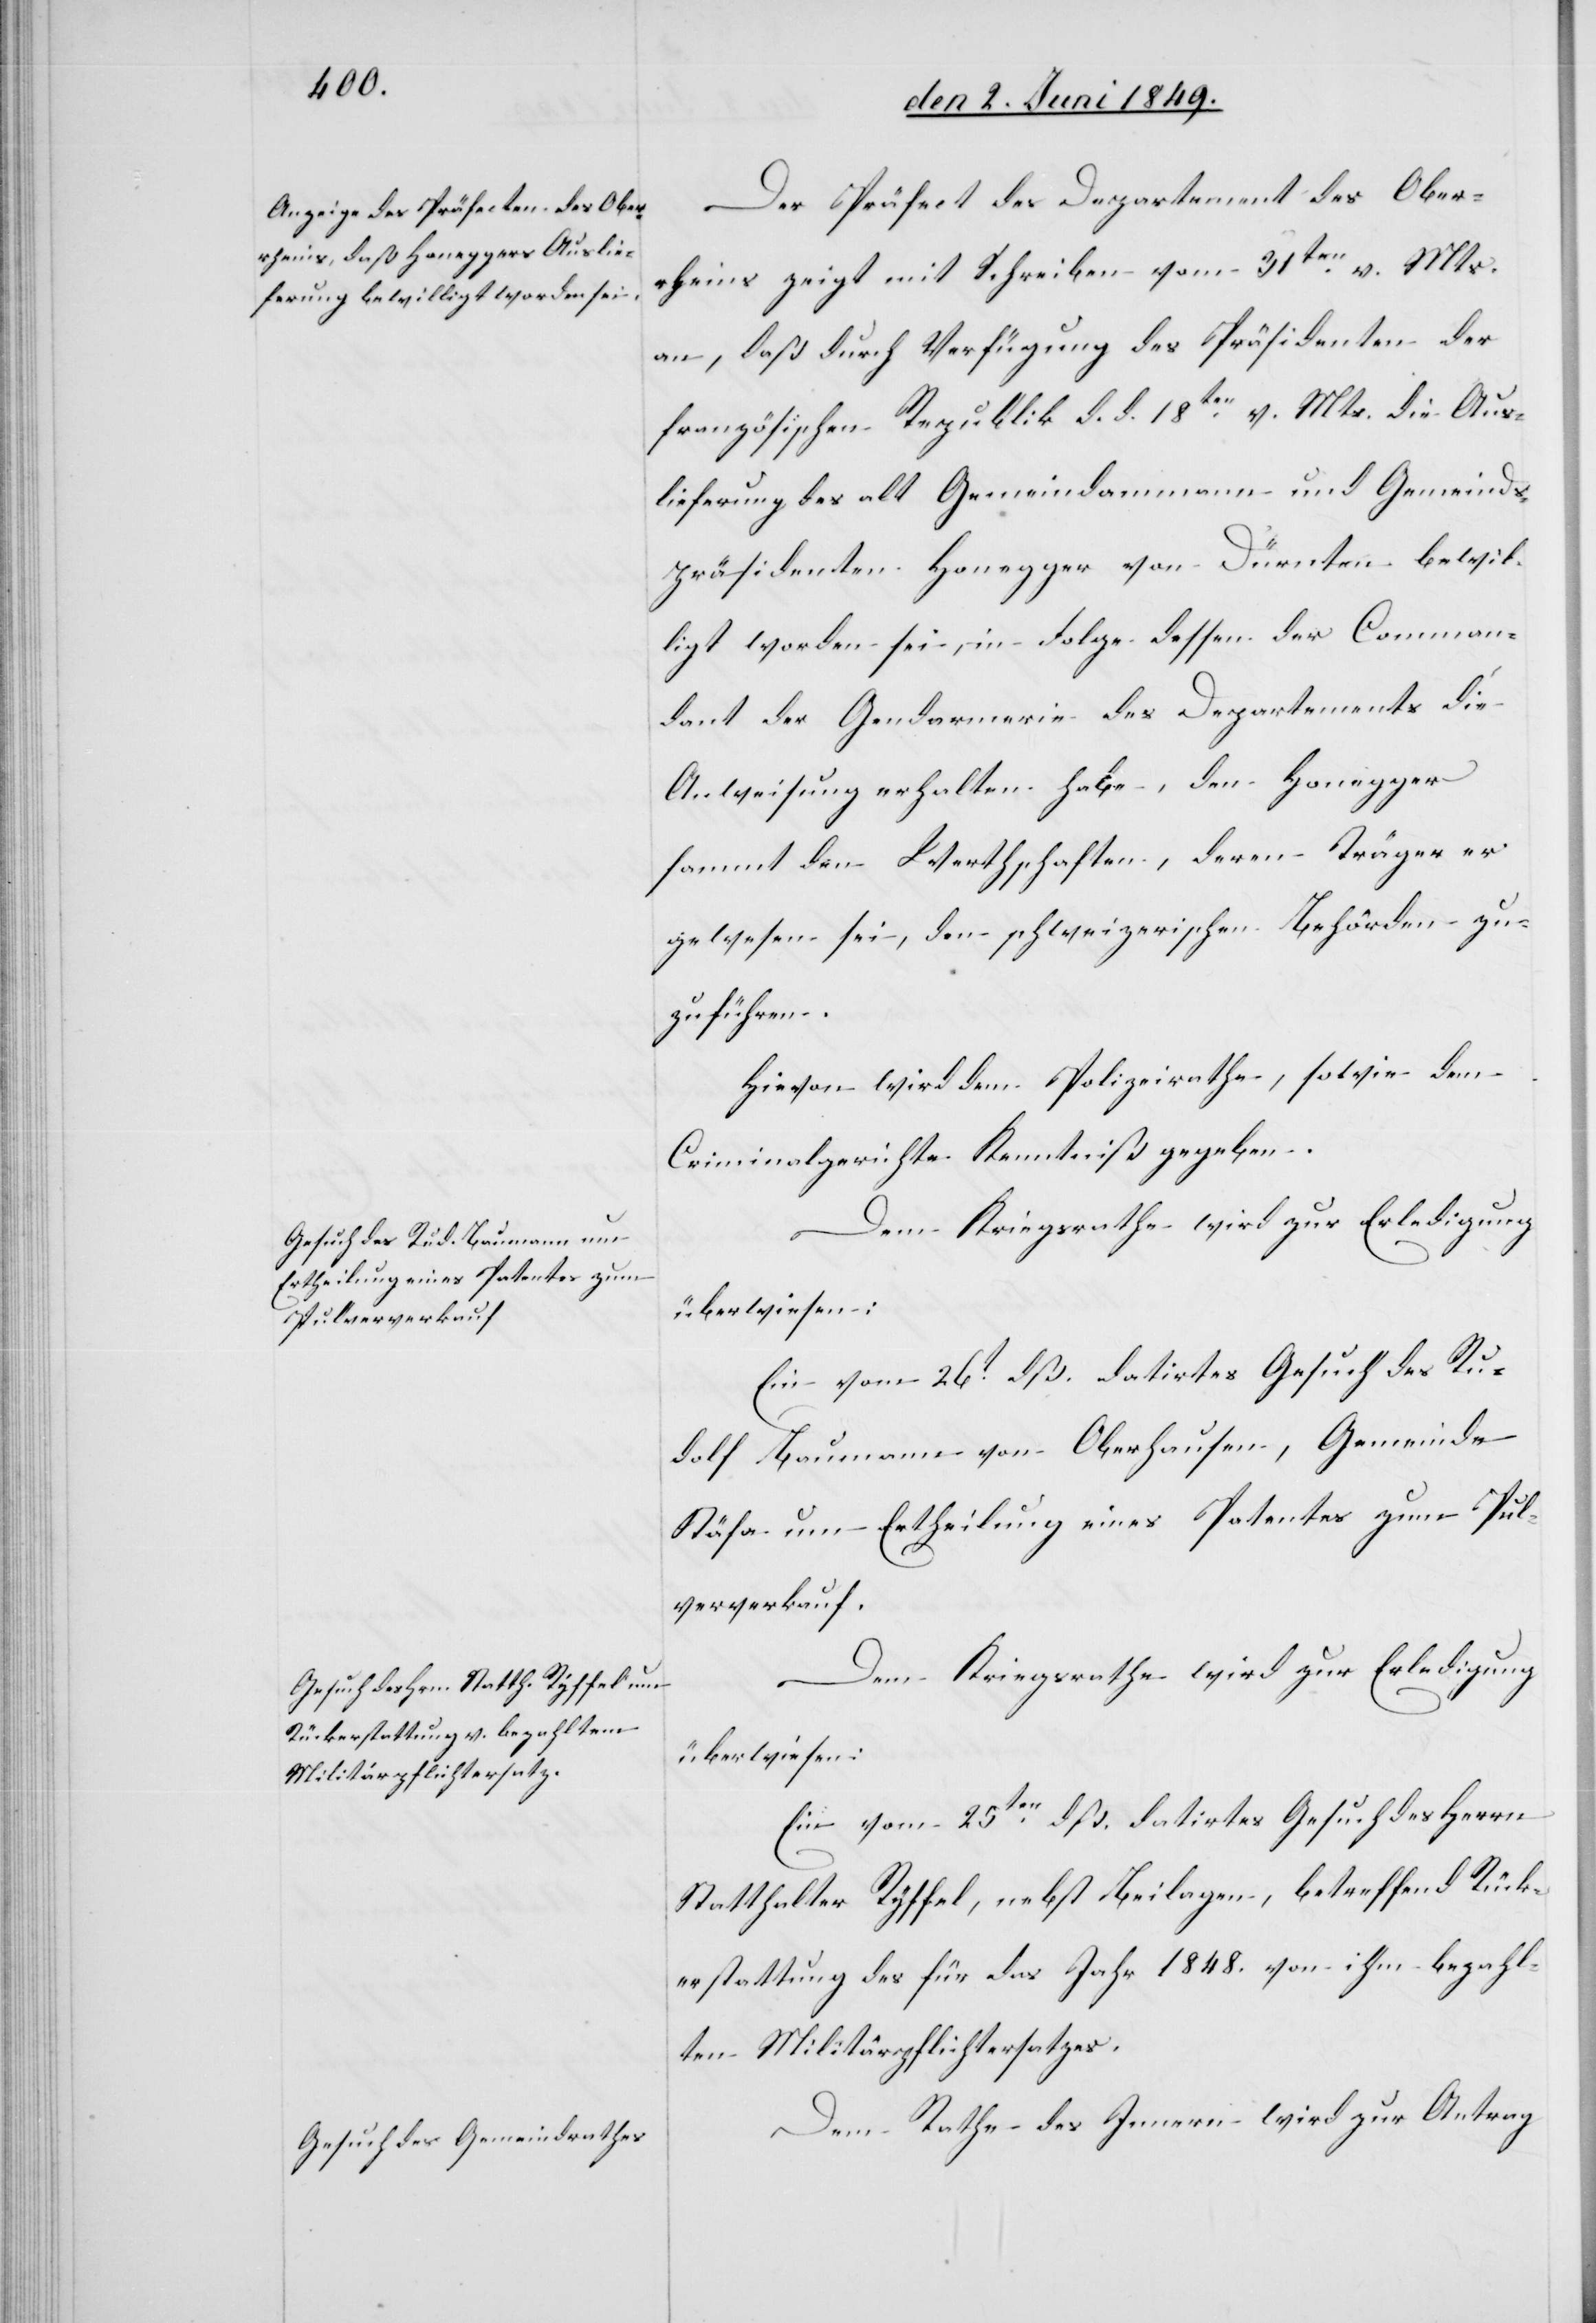
Der Präsident des Departement des Ober¬
rheins zeigt mit Schreiben vom 31ten v. Mts.
an, daß durch Verfügung des Präsidenten der
französischen Republik d. d. 18ten v. Mts. die Aus¬
lieferung des alt Gemeindammann und Gemeinds¬
präsidenten Honegger von Dürnten bewil¬
ligt worden sei, in Folge dessen der Comman¬
dant der Gendarmerie des Departements die
Anweisung erhalten habe, den Honegger
sammt den Werthschaften, deren Träger er
gewesen sei, den schweizerischen Behörden zu¬
zuführen.
Hievon wird dem Polizeirathe, sowie dem
Criminalgerichte Kenntniß gegeben.
Dem Kriegsrathe wird zur Erledigung
überwiesen:
Ein vom 26t dß. datirtes Gesuch des Ru¬
dolf Baumann von Oberhausen, Gemeinde
Stäfa um Ertheilung eines Patentes zum Pul¬
ververkauf.
Dem Kriegsrathe wird zur Erledigung
überwiesen:
Ein vom 25ten dß. datirtes Gesuch des Herrn
Statthalter Ryffel, nebst Beilagen, betreffend Rück¬
erstattung des für das Jahr 1848. von ihm bezahl¬
ten Militärpflichtersatzes.
Dem Rathe des Innern wird zur Antrag-